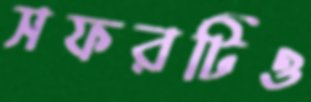
সফরটিও